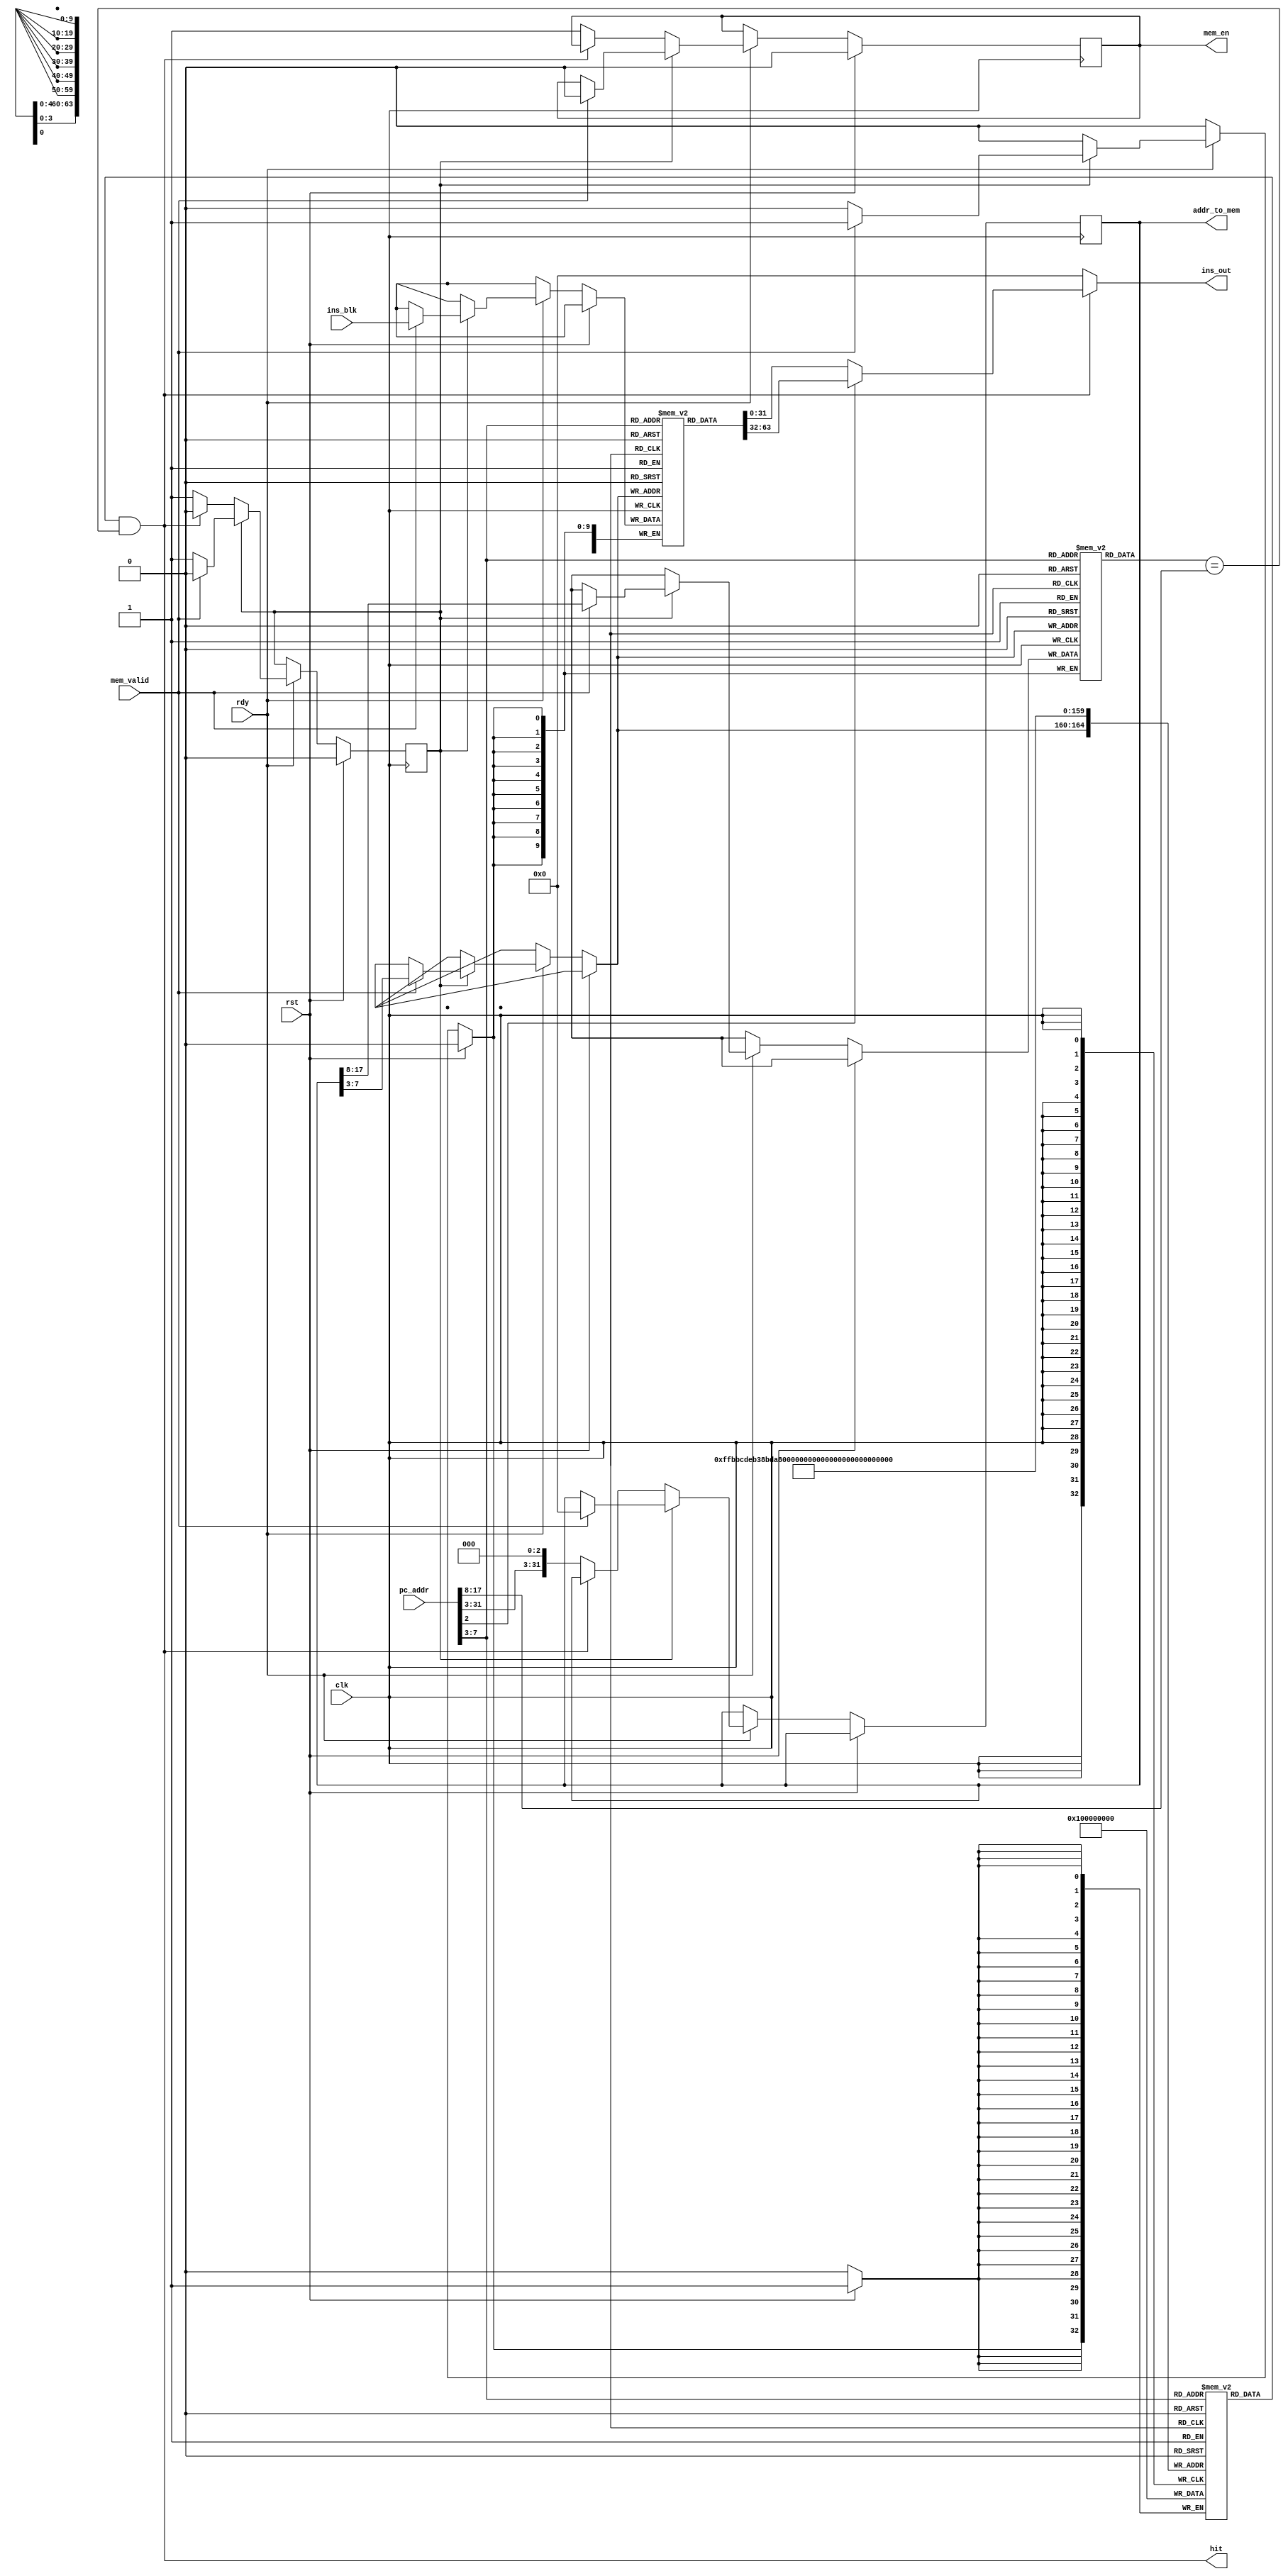
`ifndef INSCACHE
`define INSCACHE

module insCache(
    input wire clk,
    input wire rst,
    input wire rdy,

    // communicate with insfetch
    input wire[31 : 0] pc_addr, // 17 -- 0 valid // the least two bits 00
    output wire hit,
    output wire[31 : 0] ins_out,

    // communicate with memCtrl
    input wire mem_valid,
    input wire[63 : 0] ins_blk,
    output reg mem_en,
    output reg[31 : 0] addr_to_mem
);
    reg valid_bit[31 : 0];
    reg[63 : 0] ins_line[31 : 0];  
    reg[9 : 0] tag_line[31 : 0]; 
    // 17 -> 8 tag / 7 -> 3 cache line / 2 -> 2 cache blk / 1 -> 0 00
    reg is_waiting;
    
    
    assign hit = valid_bit[pc_addr[7 : 3]] && (tag_line[pc_addr[7 : 3]] == pc_addr[17 : 8]);
    assign ins_out = hit ? (pc_addr[2] == 1'b0 ? ins_line[pc_addr[7 : 3]][31 : 0]
                                               : ins_line[pc_addr[7 : 3]][63 : 32]) : 32'b0;
    integer i;
    
    always @(posedge  clk) begin
        if (rst) begin
            for (i = 0; i < 32; i = i + 1) begin
                valid_bit[i] <= 1'b0; 
            end 
            mem_en <= 1'b0;
            is_waiting <= 1'b0;
        end else if (rdy) begin
            if (!is_waiting) begin
                if (!hit) begin                
                    mem_en <= 1'b1;
                    addr_to_mem <= {pc_addr[31 : 3], 3'b000};
                    is_waiting <= 1'b1;
                end
            end else begin
                if (mem_valid) begin
                    mem_en <= 1'b0;
                    is_waiting <= 1'b0;
                    ins_line[addr_to_mem[7 : 3]] <= ins_blk[63 : 0]; 
                    valid_bit[addr_to_mem[7 : 3]] <= 1'b1;
                    tag_line[addr_to_mem[7 : 3]] <= addr_to_mem[17 : 8];
                    addr_to_mem <= 32'b0;
                end               
            end    
        end
    end
endmodule
`endif